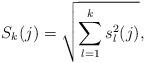
LaTeX: \begin{align*}S_k(j) = \sqrt{ \sum_{l=1}^k s_l^2(j) },\end{align*}